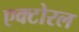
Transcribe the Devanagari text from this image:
एक्टोरल